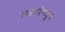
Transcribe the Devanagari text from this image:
लढ्यांमधून